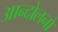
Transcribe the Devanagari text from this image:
आन्दोलनो